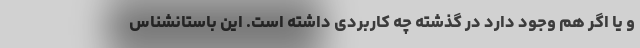
و یا اگر هم وجود دارد در گذشته چه کاربردی داشته است. این باستانشناس